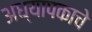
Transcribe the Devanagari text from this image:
अध्यापकाचे